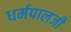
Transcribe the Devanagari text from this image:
धर्मपालजी